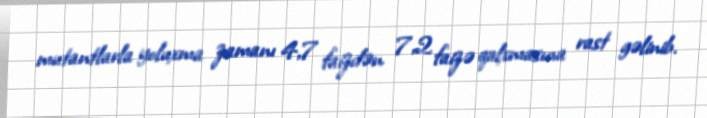
mutantlarla yoluxma zamanı 4,7 faizdən 7,2 faizə qalxmasına rast gəlinib.